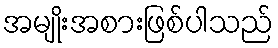
အမျိုးအစားဖြစ်ပါသည်